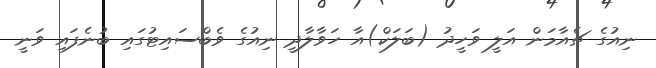
ނިއުގެ ޗެެއާމަން އަލީ ވަހީދު (ބަލަކް)އާ ހަވާލާދީ ނިއުގެ ވެބްސައިޓުގައި ބުނެފައި ވަނީ